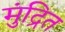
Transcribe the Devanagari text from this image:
मुंद्रित